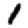
Digit: 1